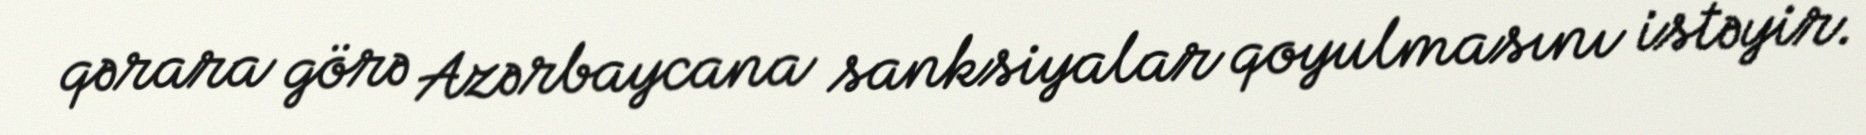
qərara görə Azərbaycana sanksiyalar qoyulmasını istəyir.